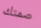
صمتك